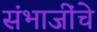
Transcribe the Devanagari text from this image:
संभाजींचे